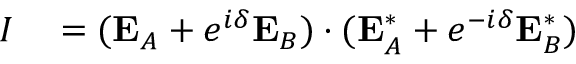
\begin{array} { r l } { I } & { { } = ( \mathbf { E } _ { A } + e ^ { i \delta } \mathbf { E } _ { B } ) \cdot ( \mathbf { E } _ { A } ^ { \ast } + e ^ { - i \delta } \mathbf { E } _ { B } ^ { \ast } ) } \end{array}